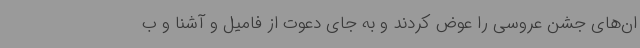
ان‌های جشن عروسی‌ را عوض کردند و به‌ جای دعوت از فامیل و آشنا و ب